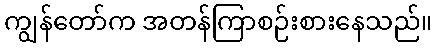
ကျွန်တော်က အတန်ကြာစဉ်းစားနေသည်။